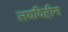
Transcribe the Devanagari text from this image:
लयविहीन